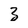
Character: 3